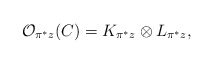
\begin{align*}{\cal O}_{\pi^* z}(C) =K_{\pi^* z} \otimes L_{\pi^* z},\end{align*}